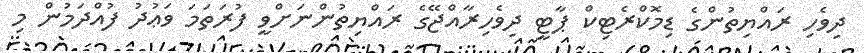
ދިވެހި ރައްޔިތުންގެ ޑިމޮކްރެޓިކް ޕާޓީ ދިވެހިރާއްޖޭގެ ރައްޔިތުންނަށްވީ ފުރަތަމަ ވަޢުދު ފުއްދަމުން މި